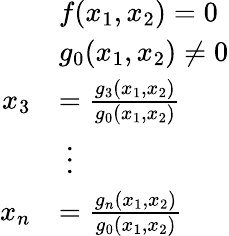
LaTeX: {\begin{array}{rl}&{f(x_{1},x_{2})=0}\\ &{g_{0}(x_{1},x_{2})\neq 0}\\ {x_{3}}&{={\frac{g_{3}(x_{1},x_{2})}{g_{0}(x_{1},x_{2})}}}\\ &{\ \vdots}\\ {x_{n}}&{={\frac{g_{n}(x_{1},x_{2})}{g_{0}(x_{1},x_{2})}}}\end{array}}